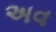
અવ